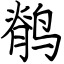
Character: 鹡